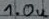
Text: 1.0u